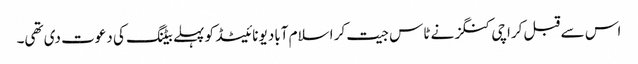
اس سے قبل کراچی کنگز نے ٹاس جیت کر اسلام آباد یونائیٹڈ کو پہلے بیٹنگ کی دعوت دی تھی۔